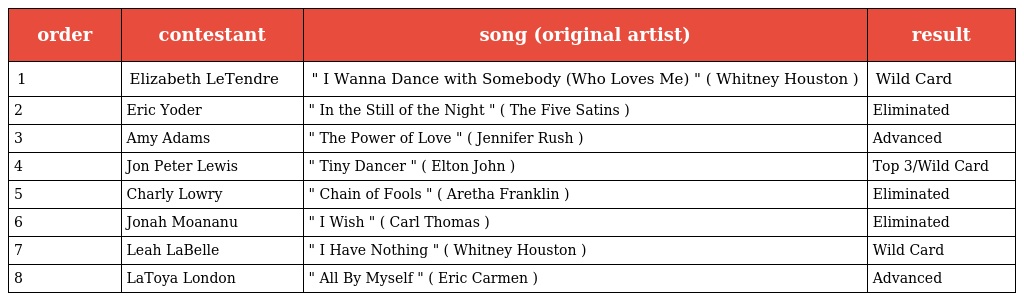
| order | contestant | song (original artist) | result |
 | --- | --- | --- | --- |
 | 1 | Elizabeth LeTendre | " I Wanna Dance with Somebody (Who Loves Me) " ( Whitney Houston ) | Wild Card |
 | 2 | Eric Yoder | " In the Still of the Night " ( The Five Satins ) | Eliminated |
 | 3 | Amy Adams | " The Power of Love " ( Jennifer Rush ) | Advanced |
 | 4 | Jon Peter Lewis | " Tiny Dancer " ( Elton John ) | Top 3/Wild Card |
 | 5 | Charly Lowry | " Chain of Fools " ( Aretha Franklin ) | Eliminated |
 | 6 | Jonah Moananu | " I Wish " ( Carl Thomas ) | Eliminated |
 | 7 | Leah LaBelle | " I Have Nothing " ( Whitney Houston ) | Wild Card |
 | 8 | LaToya London | " All By Myself " ( Eric Carmen ) | Advanced |